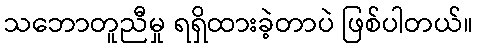
သဘောတူညီမှု ရရှိထားခဲ့တာပဲ ဖြစ်ပါတယ်။